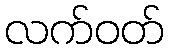
လက်ဝတ်